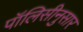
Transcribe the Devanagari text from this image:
पॉलिसीनुसार